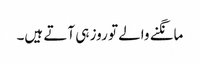
مانگنے والے تو روز ہی آتے ہیں۔